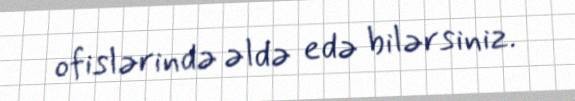
ofislərində əldə edə bilərsiniz.